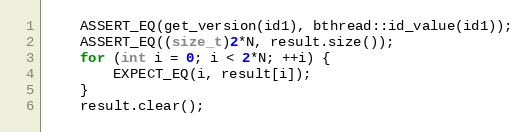
Language: C++
    ASSERT_EQ(get_version(id1), bthread::id_value(id1));
    ASSERT_EQ((size_t)2*N, result.size());
    for (int i = 0; i < 2*N; ++i) {
        EXPECT_EQ(i, result[i]);
    }
    result.clear();